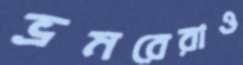
ভ্রমরেরাও